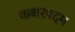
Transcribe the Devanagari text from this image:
वल्लारपदम